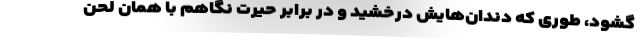
گشود، طوری که دندان‌هایش درخشید و در برابر حیرت نگاهم با همان لحن